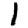
Digit: 1